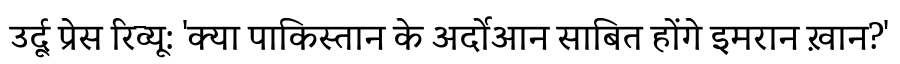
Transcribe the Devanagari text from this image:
उर्दू प्रेस रिव्यू: 'क्या पाकिस्तान के अर्दोआन साबित होंगे इमरान ख़ान?'